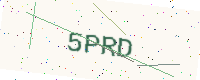
Text: 5PRD